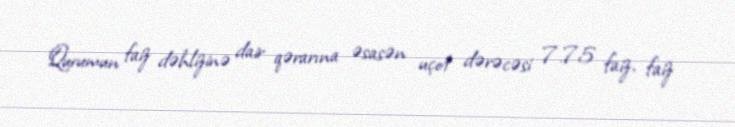
Qurumun faiz dəhlizinə dair qərarına əsasən uçot dərəcəsi 7.75 faiz, faiz